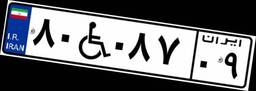
۰۷W۸۲۲۲۶